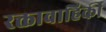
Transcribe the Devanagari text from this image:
रक्तावाहिकी